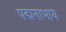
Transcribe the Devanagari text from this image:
पद्मनाभाय